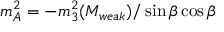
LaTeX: m _ { A } ^ { 2 } = - m _ { 3 } ^ { 2 } ( M _ { w e a k } ) / \sin \beta \cos \beta